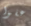
عفوا